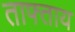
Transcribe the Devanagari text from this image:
ताफ्ताय